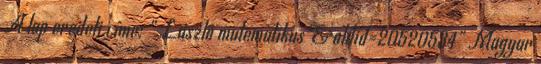
A lap eredeti címe: „ László matematikus &oldid=20520534” Magyar